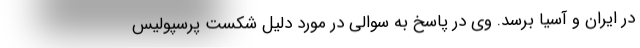
در ایران و آسیا برسد. وی در پاسخ به سوالى در مورد دلیل شکست پرسپولیس